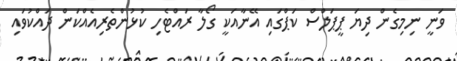
ވަނީ ނިމިގެން ދިޔަ ޕީޕަލްސް ކަޕްގައި އޭނާއަކީ ގޯލާ ރައްޓެހި ކުޅުންތެރިއެއްކަން ދައްކުވައި